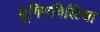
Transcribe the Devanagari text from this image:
बूगिनविलिया